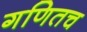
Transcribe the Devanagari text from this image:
गणितच